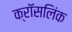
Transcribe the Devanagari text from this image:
क्रॉसलिंक